Annual administration report of the Civil Veterinary Department of India - 1892-1893
Year: 1892
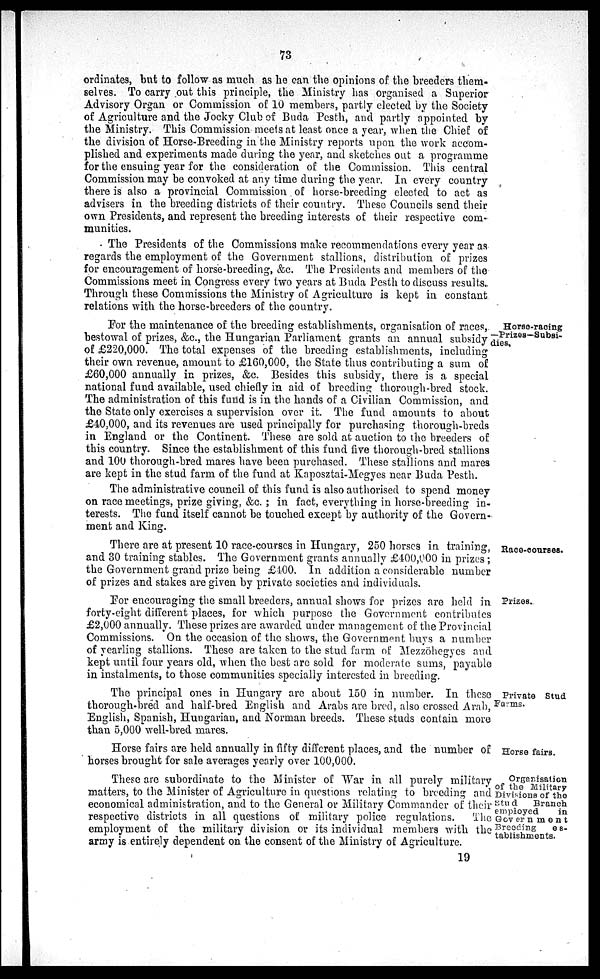
73
ordinates, but to follow as much as he can the opinions of the breeders them-
selves. To carry out this principle, the Ministry has organised a Superior
Advisory Organ or Commission of 10 members, partly elected by the Society
of Agriculture and the Jocky Club of Buda Pesth, and partly appointed by
the Ministry. This Commission meets at least once a year, when the Chief of
the division of Horse-Breeding in the Ministry reports upon the work accom-
plished and experiments made during the year, and sketches out a programme
for the ensuing year for the consideration of the Commission. This central
Commission may be convoked at any time during the year. In every country
there is also a provincial Commission of horse-breeding elected to act as
advisers in the breeding districts of their country. These Councils send their
own Presidents, and represent the breeding interests of their respective com-
munities.
The Presidents of the Commissions make recommendations every year as
regards the employment of the Government stallions, distribution of prizes
for encouragement of horse-breeding, &c. The Presidents and members of the
Commissions meet in Congress every two years at Buda Pesth to discuss results.
Through these Commissions the Ministry of Agriculture is kept in constant
relations with the horse-breeders of the country.
Horse-racing
—Prizes—Subsi-
dies.
For the maintenance of the breeding establishments, organisation of races,
bestowal of prizes, &c, the Hungarian Parliament grants an annual subsidy J
of £220,000. The total expenses of the breeding establishments, including
their own revenue, amount to £160,000, the State thus contributing a sum of
£60,000 annually in prizes, &c. Besides this subsidy, there is a special
national fund available, used chiefly in aid of breeding thorough-bred stock.
The administration of this fund is in the hands of a Civilian Commission, and
the State only exercises a supervision over it. The fund amounts to about
£40,000, and its revenues are used principally for purchasing thorough-breds
in England or the Continent. These are sold at auction to the breeders of
this country. Since the establishment of this fund five thorough-bred stallions
and 100 thorough-bred mares have been purchased. These stallions and mares
are kept in the stud farm of the fund at Kaposztai-Megyes near Buda Pesth.
The administrative council of this fund is also authorised to spend money
on race meetings, prize giving, &c.; in fact, everything in horse-breeding in-
terests. The fund itself cannot be touched except by authority of the Govern-
ment and King.
Race-courses.
There are at present 10 race-courses in Hungary, 250 horses in training,
and 30 training stables. The Government grants annually £400,000 in prizes;
the Government grand prize being £400. In addition a. considerable number
of prizes and stakes are given by private societies and individuals.
For encouraging the small breeders, annual shows for prizes are held in
forty-eight different places, for which purpose the Government contributes
£2,000 annually. These prizes are awarded under management of the Provincial
Commissions. On the occasion of the shows, the Government buys a number
of yearling stallions. These are taken to the stud farm of Mezzöhegyes and
kept until four years old, when the best are sold for moderate sums, payable
in instalments, to those communities specially interested in breeding.
Private Stud
Farms.
The principal ones in Hungary are about 150 in number. In these
thorough-bred and half-bred English and Arabs are bred, also crossed Arab,
English, Spanish, Hungarian, and Norman breeds. These studs contain more
than 5,000 well-bred mares.
Horse fairs.
Horse fairs are held annually in fifty different places, and the number of
horses brought for sale averages yearly over 100,000.
Organisation
of the Military
Divisions of the
stud
Branch
employed
in
Government
Breeding
es-
tablishments.
These are subordinate to the Minister of War in all purely military
matters, to the Minister of Agriculture in questions relating to breeding and
economical administration, and to the General or Military Commander of their
respective districts in all questions of military police regulations.
The
employment of the military division or its individual members with the
army is entirely dependent on the consent of the Ministry of Agriculture.
19